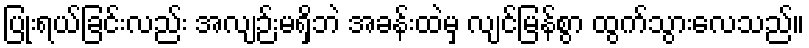
ပြုံးရယ်ခြင်းလည်း အလျဉ်းမရှိဘဲ အခန်းထဲမှ လျင်မြန်စွာ ထွက်သွားလေသည်။